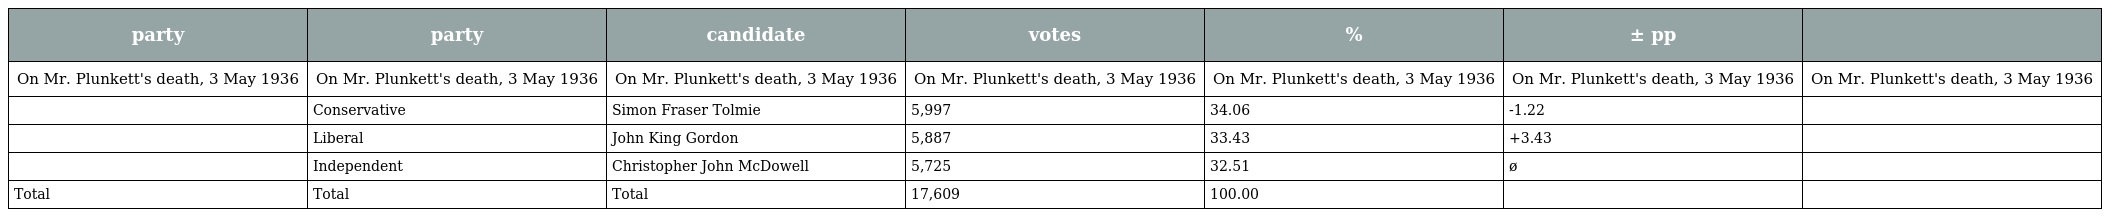
| party | party | candidate | votes | % | ± pp |  |
 | --- | --- | --- | --- | --- | --- | --- |
 | On Mr. Plunkett's death, 3 May 1936 | On Mr. Plunkett's death, 3 May 1936 | On Mr. Plunkett's death, 3 May 1936 | On Mr. Plunkett's death, 3 May 1936 | On Mr. Plunkett's death, 3 May 1936 | On Mr. Plunkett's death, 3 May 1936 | On Mr. Plunkett's death, 3 May 1936 |
 |  | Conservative | Simon Fraser Tolmie | 5,997 | 34.06 | -1.22 |  |
 |  | Liberal | John King Gordon | 5,887 | 33.43 | +3.43 |  |
 |  | Independent | Christopher John McDowell | 5,725 | 32.51 | ø |  |
 | Total | Total | Total | 17,609 | 100.00 |  |  |